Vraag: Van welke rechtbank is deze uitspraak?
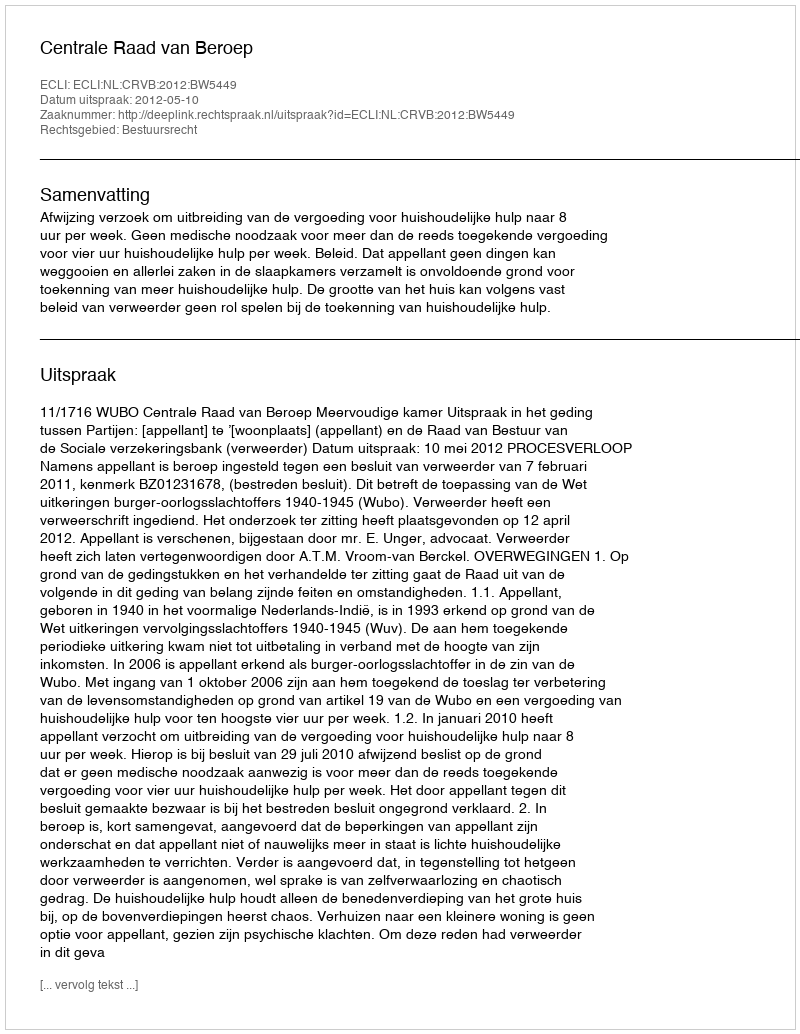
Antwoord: Centrale Raad van Beroep